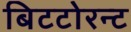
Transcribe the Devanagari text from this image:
बिटटोरन्ट